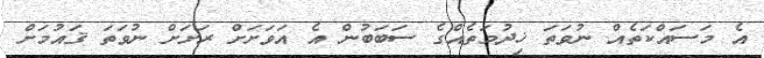
އެ މަސައްކަތެއް ނުވަތަ ޚިދުމަތެއްގެ ސަބަބުން އެ އަވަށަށް ރަށަށް ނުވަތަ ޤައުމަށް